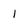
Character: 1